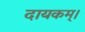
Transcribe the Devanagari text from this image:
दायकम्।